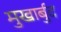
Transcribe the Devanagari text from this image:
मुखार्बुद